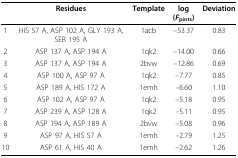
<table><thead><tr><td></td><td><b>Residues</b></td><td><b>Template</b></td><td><b>log(<i>F</i><sub>pints</sub>)</b></td><td><b>Deviation</b></td></tr></thead><tbody><tr><td>1</td><td>HIS 57 A, ASP 102 A, GLY 193 A, SER 195 A</td><td>1acb</td><td>–53.37</td><td>0.83</td></tr><tr><td>2</td><td>ASP 137 A, ASP 194 A</td><td>1qk2</td><td>–14.00</td><td>0.66</td></tr><tr><td>3</td><td>ASP 137 A, ASP 194 A</td><td>2bvw</td><td>–12.86</td><td>0.69</td></tr><tr><td>4</td><td>ASP 100 A, ASP 97 A</td><td>1qk2</td><td>–7.77</td><td>0.85</td></tr><tr><td>5</td><td>ASP 189 A, HIS 172 A</td><td>1emh</td><td>–6.60</td><td>1.10</td></tr><tr><td>6</td><td>ASP 102 A, ASP 97 A</td><td>1qk2</td><td>–5.18</td><td>0.95</td></tr><tr><td>7</td><td>ASP 239 A, ASP 128 A</td><td>1qk2</td><td>–5.11</td><td>0.95</td></tr><tr><td>8</td><td>ASP 194 A, ASP 189 A</td><td>2bvw</td><td>–5.08</td><td>0.96</td></tr><tr><td>9</td><td>ASP 97 A, HIS 57 A</td><td>1emh</td><td>–2.79</td><td>1.25</td></tr><tr><td>10</td><td>ASP 61 A, HIS 40 A</td><td>1emh</td><td>–2.62</td><td>1.26</td></tr></tbody></table>